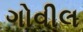
ગોવીલ